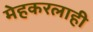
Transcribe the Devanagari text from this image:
मेहकरलाही